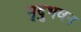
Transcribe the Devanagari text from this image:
मृदुभवन